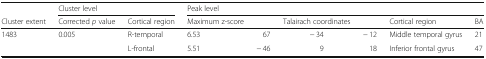
<table><thead><tr><td></td><td colspan="2"><b>Cluster level</b></td><td colspan="6"><b>Peak level</b></td></tr><tr><td><b>Cluster extent</b></td><td><b>Corrected <i>p</i> value</b></td><td><b>Cortical region</b></td><td><b>Maximum z-score</b></td><td></td><td><b>Talairach coordinates</b></td><td></td><td><b>Cortical region</b></td><td><b>BA</b></td></tr></thead><tbody><tr><td>1483</td><td>0.005</td><td>R-temporal</td><td>6.53</td><td>67</td><td>− 34</td><td>− 12</td><td>Middle temporal gyrus</td><td>21</td></tr><tr><td></td><td></td><td>L-frontal</td><td>5.51</td><td>− 46</td><td>9</td><td>18</td><td>Inferior frontal gyrus</td><td>47</td></tr></tbody></table>